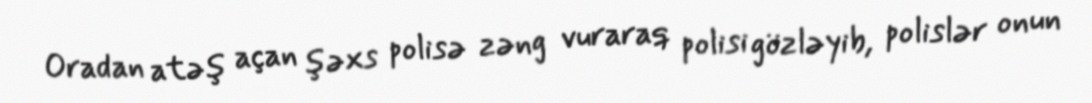
Oradan atəş açan şəxs polisə zəng vuraraq polisi gözləyib, polislər onun